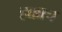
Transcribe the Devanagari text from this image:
हक्काच